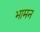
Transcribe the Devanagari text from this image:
भामन